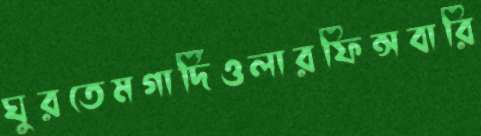
ঘুরতেমগার্দিওলারফিন্সবারি